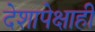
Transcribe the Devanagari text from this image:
देशापेक्षाही